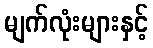
မျက်လုံးများနှင့်